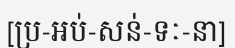
[ប្រ-អប់-សន់-ទៈ-នា]